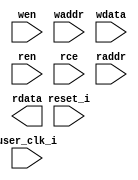
//-----------------------------------------------------------------------------
//
// (c) Copyright 2010-2011 Xilinx, Inc. All rights reserved.
//
// This file contains confidential and proprietary information
// of Xilinx, Inc. and is protected under U.S. and
// international copyright and other intellectual property
// laws.
//
// DISCLAIMER
// This disclaimer is not a license and does not grant any
// rights to the materials distributed herewith. Except as
// otherwise provided in a valid license issued to you by
// Xilinx, and to the maximum extent permitted by applicable
// law: (1) THESE MATERIALS ARE MADE AVAILABLE "AS IS" AND
// WITH ALL FAULTS, AND XILINX HEREBY DISCLAIMS ALL WARRANTIES
// AND CONDITIONS, EXPRESS, IMPLIED, OR STATUTORY, INCLUDING
// BUT NOT LIMITED TO WARRANTIES OF MERCHANTABILITY, NON-
// INFRINGEMENT, OR FITNESS FOR ANY PARTICULAR PURPOSE; and
// (2) Xilinx shall not be liable (whether in contract or tort,
// including negligence, or under any other theory of
// liability) for any loss or damage of any kind or nature
// related to, arising under or in connection with these
// materials, including for any direct, or any indirect,
// special, incidental, or consequential loss or damage
// (including loss of data, profits, goodwill, or any type of
// loss or damage suffered as a result of any action brought
// by a third party) even if such damage or loss was
// reasonably foreseeable or Xilinx had been advised of the
// possibility of the same.
//
// CRITICAL APPLICATIONS
// Xilinx products are not designed or intended to be fail-
// safe, or for use in any application requiring fail-safe
// performance, such as life-support or safety devices or
// systems, Class III medical devices, nuclear facilities,
// applications related to the deployment of airbags, or any
// other applications that could lead to death, personal
// injury, or severe property or environmental damage
// (individually and collectively, "Critical
// Applications"). Customer assumes the sole risk and
// liability of any use of Xilinx products in Critical
// Applications, subject only to applicable laws and
// regulations governing limitations on product liability.
//
// THIS COPYRIGHT NOTICE AND DISCLAIMER MUST BE RETAINED AS
// PART OF THIS FILE AT ALL TIMES.
//
//-----------------------------------------------------------------------------
// Project    : Series-7 Integrated Block for PCI Express
// Version    : 1.7
//  Description : pcie bram wrapper
//                arrange and connect brams
//                implement address decoding, datapath muxing and pipeline stages
//
//                banks of brams are used for 1,2,4,8,18 brams
//                brams are stacked for other values of NUM_BRAMS
//
//-----------------------------------------------------------------------------

`timescale 1ps/1ps

module v7_pcie_v1_7_pcie_brams_7x
#(
  parameter [3:0]  LINK_CAP_MAX_LINK_SPEED = 4'h1,        // PCIe Link Speed : 1 - 2.5 GT/s; 2 - 5.0 GT/s
  parameter [5:0]  LINK_CAP_MAX_LINK_WIDTH = 6'h08,       // PCIe Link Width : 1 / 2 / 4 / 8
  parameter IMPL_TARGET             = "HARD",             // the implementation target : HARD, SOFT

  // the number of BRAMs to use
  // supported values are:
  // 1,2,4,8,18
  parameter NUM_BRAMS               = 0,

  // BRAM read address latency
  //
  // value     meaning
  // ====================================================
  //   0       BRAM read address port sample
  //   1       BRAM read address port sample and a pipeline stage on the address port
  parameter RAM_RADDR_LATENCY   = 1,

  // BRAM read data latency
  //
  // value     meaning
  // ====================================================
  //   1       no BRAM OREG
  //   2       use BRAM OREG
  //   3       use BRAM OREG and a pipeline stage on the data port
  parameter RAM_RDATA_LATENCY   = 1,

  // BRAM write latency
  // The BRAM write port is synchronous
  //
  // value     meaning
  // ====================================================
  //   0       BRAM write port sample
  //   1       BRAM write port sample plus pipeline stage
  parameter RAM_WRITE_LATENCY       = 1
)
(
  input          user_clk_i,
  input          reset_i,

  input          wen,
  input  [12:0]  waddr,
  input  [71:0]  wdata,
  input          ren,
  input          rce,
  input  [12:0]  raddr,
  output [71:0]  rdata
  );

  // turn on the bram output register
  localparam DOB_REG = (RAM_RDATA_LATENCY > 1) ? 1 : 0;

  // calculate the data width of the individual brams
  localparam [6:0] WIDTH = ((NUM_BRAMS == 1) ? 72 :
                            (NUM_BRAMS == 2) ? 36 :
                            (NUM_BRAMS == 4) ? 18 :
                            (NUM_BRAMS == 8) ?  9 :
                                                4
                           );

  parameter TCQ           = 1;

  wire        wen_int;
  wire [12:0] waddr_int;
  wire [71:0] wdata_int;

  wire        ren_int;
  wire [12:0] raddr_int;
  wire [71:0] rdata_int;

  //synthesis translate_off
  initial
  begin
    $display("[%t] %m NUM_BRAMS %0d  DOB_REG %0d WIDTH %0d RAM_WRITE_LATENCY %0d RAM_RADDR_LATENCY %0d RAM_RDATA_LATENCY %0d",
    $time, NUM_BRAMS, DOB_REG, WIDTH, RAM_WRITE_LATENCY, RAM_RADDR_LATENCY, RAM_RDATA_LATENCY);

    case (NUM_BRAMS)
      1,2,4,8,18:;
      default:
        begin
           $display("[%t] %m Error NUM_BRAMS %0d not supported", $time, NUM_BRAMS);
           $finish;
        end
    endcase // case(NUM_BRAMS)

    case (RAM_RADDR_LATENCY)
      0,1:;
      default:
        begin
           $display("[%t] %m Error RAM_READ_LATENCY %0d not supported", $time, RAM_RADDR_LATENCY);
           $finish;
        end
    endcase // case (RAM_RADDR_LATENCY)

    case (RAM_RDATA_LATENCY)
      1,2,3:;
      default:
        begin
           $display("[%t] %m Error RAM_READ_LATENCY %0d not supported", $time, RAM_RDATA_LATENCY);
           $finish;
        end
    endcase // case (RAM_RDATA_LATENCY)

    case (RAM_WRITE_LATENCY)
      0,1:;
      default:
        begin
           $display("[%t] %m Error RAM_WRITE_LATENCY %0d not supported", $time, RAM_WRITE_LATENCY);
           $finish;
        end
    endcase // case(RAM_WRITE_LATENCY)

  end
  //synthesis translate_on

  // model the delays for ram write latency

  generate if (RAM_WRITE_LATENCY == 1) begin : wr_lat_2
   reg        wen_q;
   reg [12:0] waddr_q;
   reg [71:0] wdata_q;

    always @(posedge user_clk_i) begin
      if (reset_i)
      begin
        wen_q   <= #TCQ 1'b0;
        waddr_q <= #TCQ 13'b0;
      // Disable Reset on Data Path @ BRAM i/f as I/O come from PCIe HB.
      //  wdata_q <= #TCQ 72'b0;
      end 
      else 
      begin
        wen_q   <= #TCQ wen;
        waddr_q <= #TCQ waddr;
        wdata_q <= #TCQ wdata;
      end
    end

    assign wen_int   = wen_q;
    assign waddr_int = waddr_q;
    assign wdata_int = wdata_q;
  end // if (RAM_WRITE_LATENCY == 1)

  else if (RAM_WRITE_LATENCY == 0) begin : wr_lat_1
    assign wen_int   = wen;
    assign waddr_int = waddr;
    assign wdata_int = wdata;
  end
  endgenerate

  // model the delays for ram read latency

  generate if (RAM_RADDR_LATENCY == 1) begin : raddr_lat_2
    reg        ren_q;
    reg [12:0] raddr_q;

    always @(posedge user_clk_i) begin
      if (reset_i)
      begin
        ren_q   <= #TCQ 1'b0;
        raddr_q <= #TCQ 13'b0;
      end
      else
      begin
        ren_q   <= #TCQ ren;
        raddr_q <= #TCQ raddr;
      end // else: !if(reset_i)
    end

    assign ren_int   = ren_q;
    assign raddr_int = raddr_q;
  end // block: rd_lat_addr_2

  else begin : raddr_lat_1
    assign ren_int   = ren;
    assign raddr_int = raddr;
  end
  endgenerate

  generate if (RAM_RDATA_LATENCY == 3) begin : rdata_lat_3
    reg [71:0] rdata_q;

    always @(posedge user_clk_i) begin
      // Disable Reset on Data Path @ BRAM i/f as I/O come from PCIe HB.
      //if (reset_i)
      //begin
      //  rdata_q <= #TCQ 72'b0;
      //end
      //else
      //begin
        rdata_q <= #TCQ rdata_int;
      //end // else: !if(reset_i)
    end

    assign rdata     = rdata_q;

  end // block: rd_lat_data_3

  else begin : rdata_lat_1_2
    assign rdata     = rdata_int;
  end
  endgenerate

  // instantiate the brams
  generate
    genvar ii;
    for (ii = 0; ii < NUM_BRAMS; ii = ii + 1) begin : brams
      v7_pcie_v1_7_pcie_bram_7x #(
        .LINK_CAP_MAX_LINK_WIDTH(LINK_CAP_MAX_LINK_WIDTH),
        .LINK_CAP_MAX_LINK_SPEED(LINK_CAP_MAX_LINK_SPEED),
        .IMPL_TARGET      (IMPL_TARGET),
        .DOB_REG          (DOB_REG),
        .WIDTH            (WIDTH)
      )
      ram (
        .user_clk_i(user_clk_i),
        .reset_i(reset_i),
        .wen_i(wen_int),
        .waddr_i(waddr_int),
        .wdata_i(wdata_int[(((ii + 1) * WIDTH) - 1): (ii * WIDTH)]),
        .ren_i(ren_int),
        .raddr_i(raddr_int),
        .rdata_o(rdata_int[(((ii + 1) * WIDTH) - 1): (ii * WIDTH)]),
        .rce_i(rce)
      );
    end
  endgenerate

endmodule // pcie_brams_7x